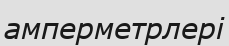
амперметрлері